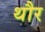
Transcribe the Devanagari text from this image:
थौर